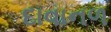
દાવાનળ